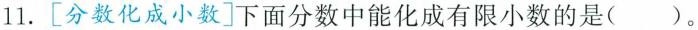
11.[分数化成小数]下面分数中能化成有限小数的是()。